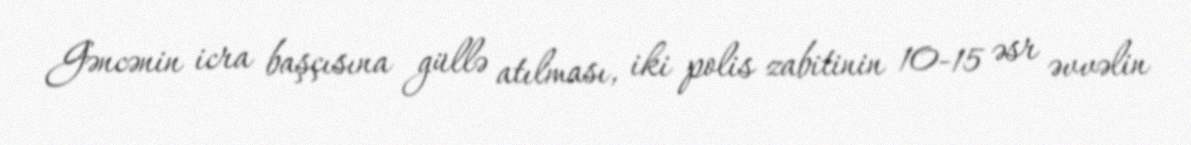
Gəncənin icra başçısına güllə atılması, iki polis zabitinin 10-15 əsr əvvəlin